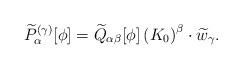
LaTeX: \begin{align*}\widetilde{P}_{\alpha}^{(\gamma)}[\phi]=\widetilde{Q}_{\alpha\beta}[\phi]\left(K_{0}\right)^{\beta}\cdot \widetilde{w}_{\gamma}.\end{align*}